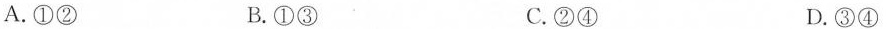
A.①② B.①③ C.②④ D.③④